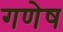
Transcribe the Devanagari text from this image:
गणेष